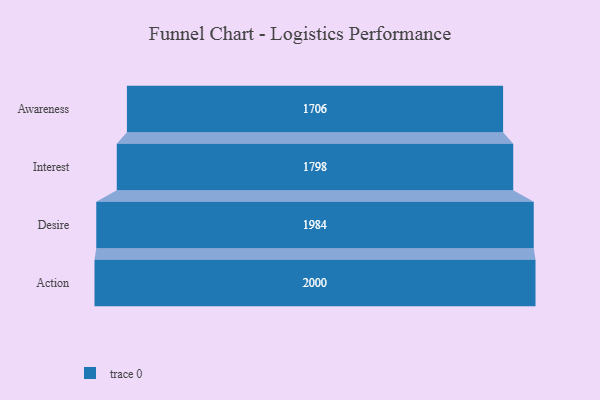
{"axis": {"x": "Stage", "y": "Value"}, "legend": [""], "data": [{"x": "Awareness", "y": 1706.0, "type": ""}, {"x": "Interest", "y": 1798.0, "type": ""}, {"x": "Desire", "y": 1984.0, "type": ""}, {"x": "Action", "y": 2000, "type": ""}]}